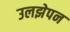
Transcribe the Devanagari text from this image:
उलझेपन